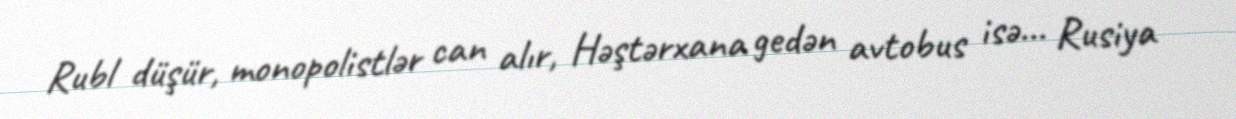
Rubl düşür, monopolistlər can alır, Həştərxana gedən avtobus isə... Rusiya